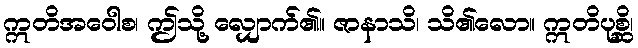
ဣတိအဝေါစ၊ ဤသို့ လျှောက်၏။ ဇာနာသိ၊ သိ၏လော။ ဣတိပုစ္ဆိ၊